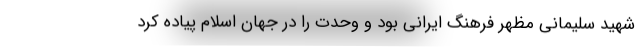
شهید سلیمانی مظهر فرهنگ ایرانی بود و وحدت را در جهان اسلام پیاده کرد